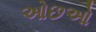
ઓછઓ